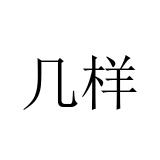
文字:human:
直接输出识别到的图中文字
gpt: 几样